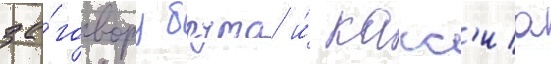
за́говору брута и́ касс'иа